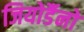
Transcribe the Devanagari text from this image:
जियोर्डैनो